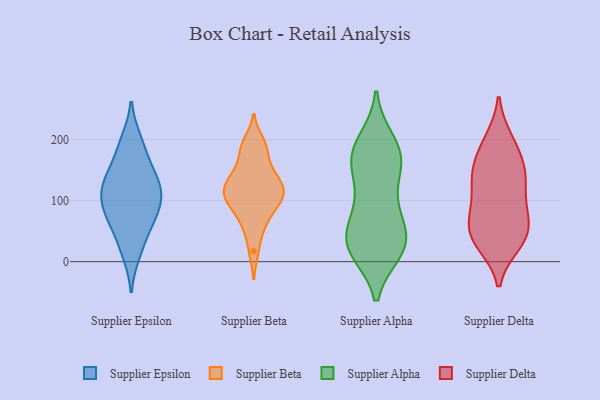
{"axis": {"x": "Latency (ms)", "y": "Value"}, "legend": ["Supplier Alpha", "Supplier Beta", "Supplier Delta", "Supplier Epsilon"], "data": [{"x": "", "y": 144, "type": "Supplier Epsilon"}, {"x": "", "y": 28, "type": "Supplier Epsilon"}, {"x": "", "y": 14, "type": "Supplier Epsilon"}, {"x": "", "y": 198, "type": "Supplier Epsilon"}, {"x": "", "y": 75, "type": "Supplier Epsilon"}, {"x": "", "y": 118, "type": "Supplier Epsilon"}, {"x": "", "y": 134, "type": "Supplier Epsilon"}, {"x": "", "y": 113, "type": "Supplier Epsilon"}, {"x": "", "y": 71, "type": "Supplier Epsilon"}, {"x": "", "y": 108, "type": "Supplier Epsilon"}, {"x": "", "y": 68, "type": "Supplier Epsilon"}, {"x": "", "y": 117, "type": "Supplier Epsilon"}, {"x": "", "y": 83, "type": "Supplier Epsilon"}, {"x": "", "y": 159, "type": "Supplier Epsilon"}, {"x": "", "y": 191, "type": "Supplier Epsilon"}, {"x": "", "y": 142, "type": "Supplier Beta"}, {"x": "", "y": 108, "type": "Supplier Beta"}, {"x": "", "y": 17, "type": "Supplier Beta"}, {"x": "", "y": 98, "type": "Supplier Beta"}, {"x": "", "y": 114, "type": "Supplier Beta"}, {"x": "", "y": 155, "type": "Supplier Beta"}, {"x": "", "y": 135, "type": "Supplier Beta"}, {"x": "", "y": 108, "type": "Supplier Beta"}, {"x": "", "y": 55, "type": "Supplier Beta"}, {"x": "", "y": 189, "type": "Supplier Beta"}, {"x": "", "y": 196, "type": "Supplier Beta"}, {"x": "", "y": 122, "type": "Supplier Beta"}, {"x": "", "y": 131, "type": "Supplier Beta"}, {"x": "", "y": 65, "type": "Supplier Beta"}, {"x": "", "y": 100, "type": "Supplier Beta"}, {"x": "", "y": 180, "type": "Supplier Beta"}, {"x": "", "y": 84, "type": "Supplier Beta"}, {"x": "", "y": 182, "type": "Supplier Alpha"}, {"x": "", "y": 24, "type": "Supplier Alpha"}, {"x": "", "y": 30, "type": "Supplier Alpha"}, {"x": "", "y": 77, "type": "Supplier Alpha"}, {"x": "", "y": 99, "type": "Supplier Alpha"}, {"x": "", "y": 72, "type": "Supplier Alpha"}, {"x": "", "y": 136, "type": "Supplier Alpha"}, {"x": "", "y": 162, "type": "Supplier Alpha"}, {"x": "", "y": 189, "type": "Supplier Alpha"}, {"x": "", "y": 32, "type": "Supplier Alpha"}, {"x": "", "y": 166, "type": "Supplier Alpha"}, {"x": "", "y": 17, "type": "Supplier Alpha"}, {"x": "", "y": 149, "type": "Supplier Alpha"}, {"x": "", "y": 198, "type": "Supplier Alpha"}, {"x": "", "y": 176, "type": "Supplier Alpha"}, {"x": "", "y": 19, "type": "Supplier Alpha"}, {"x": "", "y": 64, "type": "Supplier Alpha"}, {"x": "", "y": 20, "type": "Supplier Alpha"}, {"x": "", "y": 31, "type": "Supplier Alpha"}, {"x": "", "y": 116, "type": "Supplier Delta"}, {"x": "", "y": 75, "type": "Supplier Delta"}, {"x": "", "y": 172, "type": "Supplier Delta"}, {"x": "", "y": 29, "type": "Supplier Delta"}, {"x": "", "y": 135, "type": "Supplier Delta"}, {"x": "", "y": 32, "type": "Supplier Delta"}, {"x": "", "y": 200, "type": "Supplier Delta"}, {"x": "", "y": 125, "type": "Supplier Delta"}, {"x": "", "y": 66, "type": "Supplier Delta"}, {"x": "", "y": 199, "type": "Supplier Delta"}, {"x": "", "y": 34, "type": "Supplier Delta"}, {"x": "", "y": 40, "type": "Supplier Delta"}, {"x": "", "y": 75, "type": "Supplier Delta"}, {"x": "", "y": 83, "type": "Supplier Delta"}, {"x": "", "y": 141, "type": "Supplier Delta"}, {"x": "", "y": 164, "type": "Supplier Delta"}, {"x": "", "y": 147, "type": "Supplier Delta"}, {"x": "", "y": 48, "type": "Supplier Delta"}]}